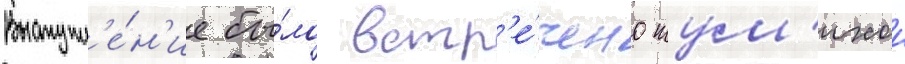
Выступл'е́н'ие бы́ло встр'е́чено шум'ихои